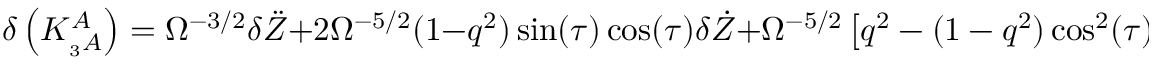
\delta \left( K _ { _ 3 A } ^ { A } \right) = \Omega ^ { - 3 / 2 } \delta \ddot { Z } + 2 \Omega ^ { - 5 / 2 } ( 1 - q ^ { 2 } ) \sin ( \tau ) \cos ( \tau ) \delta \dot { Z } + \Omega ^ { - 5 / 2 } \left[ q ^ { 2 } - ( 1 - q ^ { 2 } ) \cos ^ { 2 } ( \tau ) \right] \delta Z .